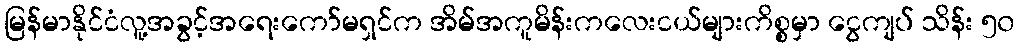
မြန်မာနိုင်ငံလူ့အခွင့်အရေးကော်မရှင်က အိမ်အကူမိန်းကလေးငယ်များကိစ္စမှာ ငွေကျပ် သိန်း ၅၀